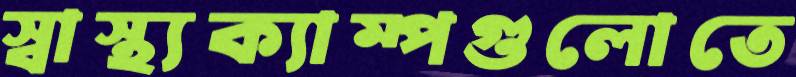
স্বাস্থ্যক্যাম্পগুলোতে